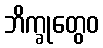
ဘိက္ခုတွေဝ